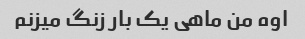
اوه من ماهی یک بار زنگ میزنم